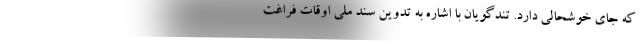
که جای خوشحالی دارد. تندگویان با اشاره به تدوین سند ملی اوقات فراغت